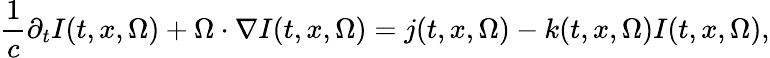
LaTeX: \frac{1}{c}\partial_{t}I(t,x,\Omega)+\Omega\cdot\nabla I(t,x,\Omega)=j(t,x,\Omega)-k(t,x,\Omega)I(t,x,\Omega),